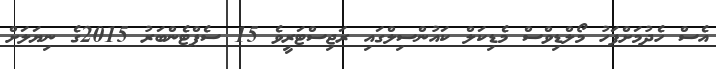
އެސް ހެދުމަށްފަހު މޯލްޑިވްސް މެޑިކަލް ކައުންސިލްގައި ރަޖިސްޓަރީވެ 15 ސެޕްޓެންބަރު 2015ގެ ނިޔަލަށް